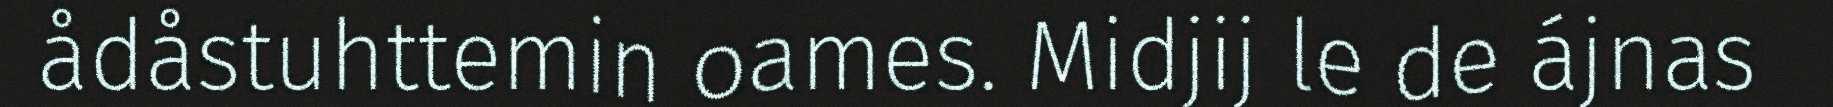
ådåstuhttemin oames. Midjij le de ájnas